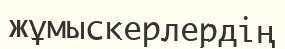
жұмыскерлердің